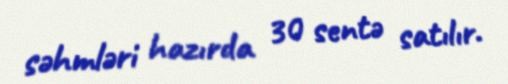
səhmləri hazırda 30 sentə satılır.